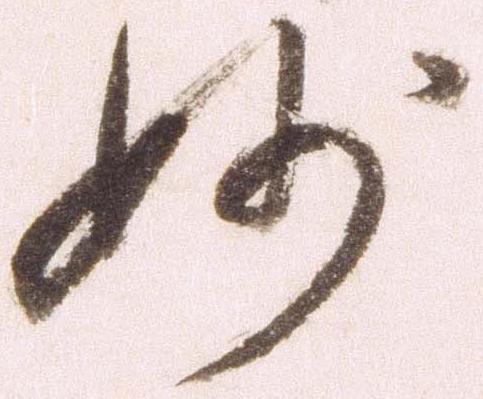
妙